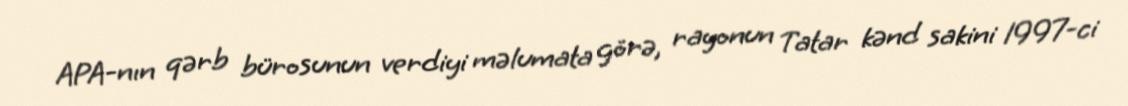
APA-nın qərb bürosunun verdiyi məlumata görə, rayonun Tatar kənd sakini 1997-ci